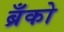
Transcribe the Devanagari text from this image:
ब्रँको